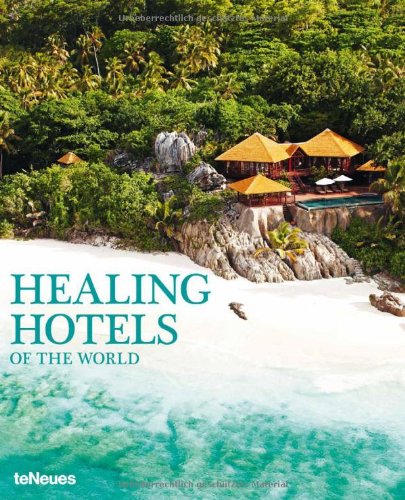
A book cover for Healing Hotels of the World; Travel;